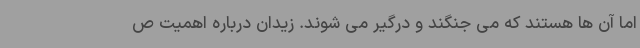
اما آن ها هستند که می جنگند و درگیر می شوند. زیدان درباره اهمیت ص